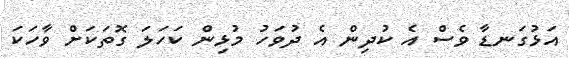
އަޅުގަނޑާ ވެސް އެ ކުދިން އެ ދުވަހު މުޅިން ކަހަލަ ގޮތަކަށް ވާހަކަ